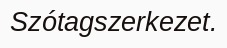
Szótagszerkezet.